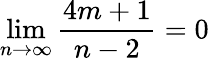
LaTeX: \operatorname*{lim}_{n\to\infty}{\frac{4m+1}{n-2}}=0